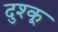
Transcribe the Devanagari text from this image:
दुश्कू